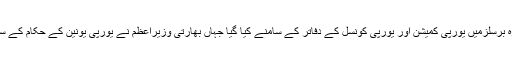
یہ احتجاجی مظاہرہ برسلزمیں یورپی کمیشن اور یورپی کونسل کے دفاتر کے سامنے کیا گیا جہاں بھارتی وزیراعظم نے یورپی یونین کے حکام کے ساتھ مذاکرات کئے۔